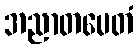
အညာတမေတံ